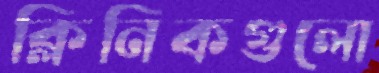
ক্লিনিকগুলো